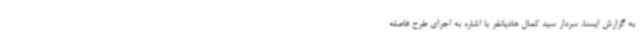
به گزارش ایسنا، سردار سید کمال هادیانفر با اشاره به اجرای طرح فاصله